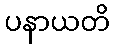
ပနာယတိ